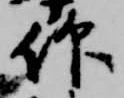
仰